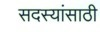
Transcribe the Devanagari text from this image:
सदस्यांसाठी